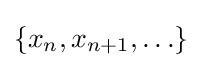
\{x_{n},x_{n+1},\ldots \}